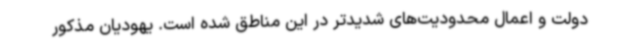
دولت و اعمال محدودیت‌های شدیدتر در این مناطق شده است. یهودیان مذکور